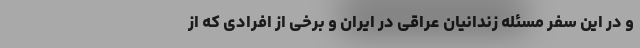
و در این سفر مسئله زندانیان عراقی در ایران و برخی از افرادی که از